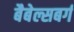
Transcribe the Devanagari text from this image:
बैबेल्सबर्ग